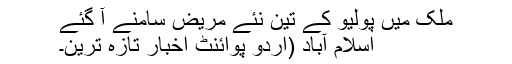
ملک میں پولیو کے تین نئے مریض سامنے آ گئے
اسلام آباد (اُردو پوائنٹ اخبار تازہ ترین۔